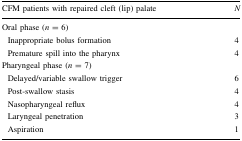
<table><thead><tr><td><b>CFM patients with repaired cleft (lip) palate</b></td><td><b><i>N</i></b></td></tr></thead><tbody><tr><td colspan="2">Oral phase (<i>n</i> = 6)</td></tr><tr><td> Inappropriate bolus formation</td><td>4</td></tr><tr><td> Premature spill into the pharynx</td><td>4</td></tr><tr><td colspan="2">Pharyngeal phase (<i>n</i> = 7)</td></tr><tr><td> Delayed/variable swallow trigger</td><td>6</td></tr><tr><td> Post-swallow stasis</td><td>4</td></tr><tr><td> Nasopharyngeal reflux</td><td>4</td></tr><tr><td> Laryngeal penetration</td><td>3</td></tr><tr><td> Aspiration</td><td>1</td></tr></tbody></table>